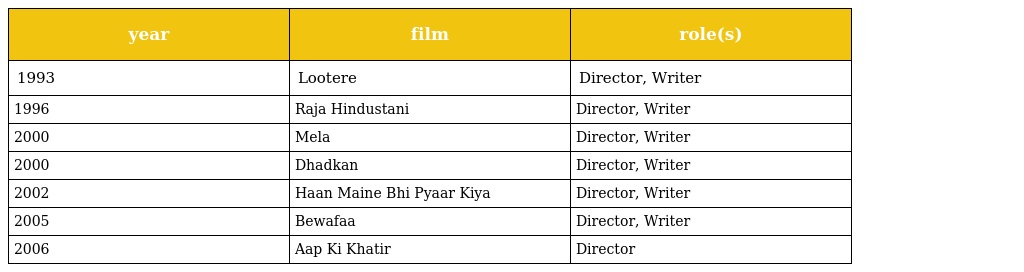
| year | film | role(s) |
 | --- | --- | --- |
 | 1993 | Lootere | Director, Writer |
 | 1996 | Raja Hindustani | Director, Writer |
 | 2000 | Mela | Director, Writer |
 | 2000 | Dhadkan | Director, Writer |
 | 2002 | Haan Maine Bhi Pyaar Kiya | Director, Writer |
 | 2005 | Bewafaa | Director, Writer |
 | 2006 | Aap Ki Khatir | Director |